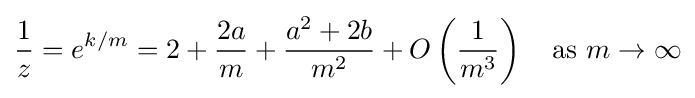
{\frac {1}{z}}=e^{k/m}=2+{\frac {2a}{m}}+{\frac {a^{2}+2b}{m^{2}}}+O\left({\frac {1}{m^{3}}}\right)\quad {\text{as }}m\rightarrow \infty